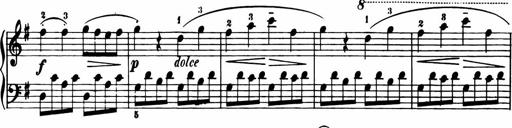
Title: 11 Sonatinas for Piano Solo
Composer: Anton Diabelli